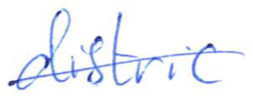
Text: district
Cross-out: single-line
Writing tool: ballpoint